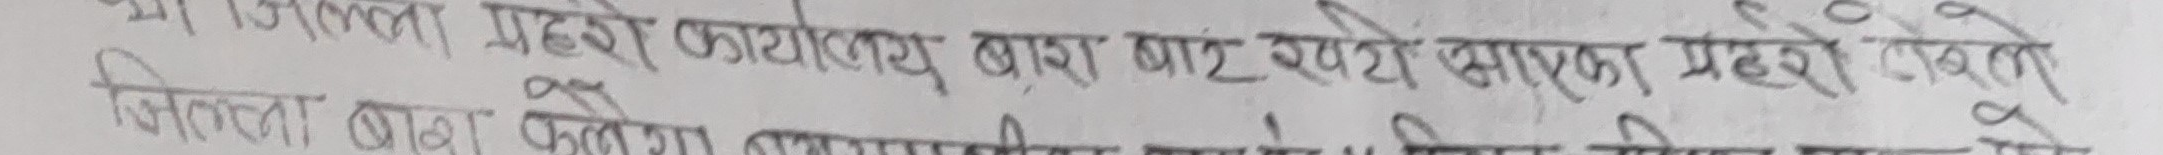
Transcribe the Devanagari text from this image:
यो जिल्ला प्रहरी कार्यालय बाराबाट खटेको सादा पोशाक प्रहरी टोलीले
जिल्ला बारा फुलगामा बस्ने करीव १ हजार थान मसलाको